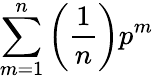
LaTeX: \sum_{m=1}^{n}\left(\frac{1}{n}\right)p^{m}